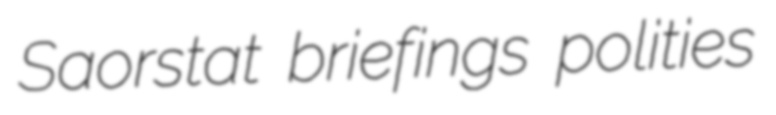
Saorstat briefings polities